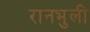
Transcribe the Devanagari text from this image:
रानभुली